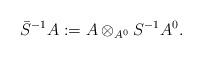
LaTeX: \begin{align*}\bar{S}^{-1} A := A\otimes_{A^0} S^{-1}A^0.\end{align*}